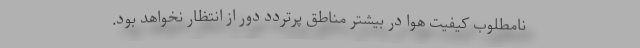
نامطلوب کیفیت هوا در بیشتر مناطق پرتردد دور از انتظار نخواهد بود.